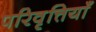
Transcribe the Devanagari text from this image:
परिवृत्तियाँ